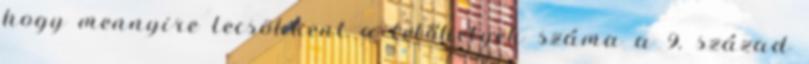
hogy mennyire lecsökkent a lelőhelyek száma a 9. század